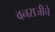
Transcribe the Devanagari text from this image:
वनराजीचे